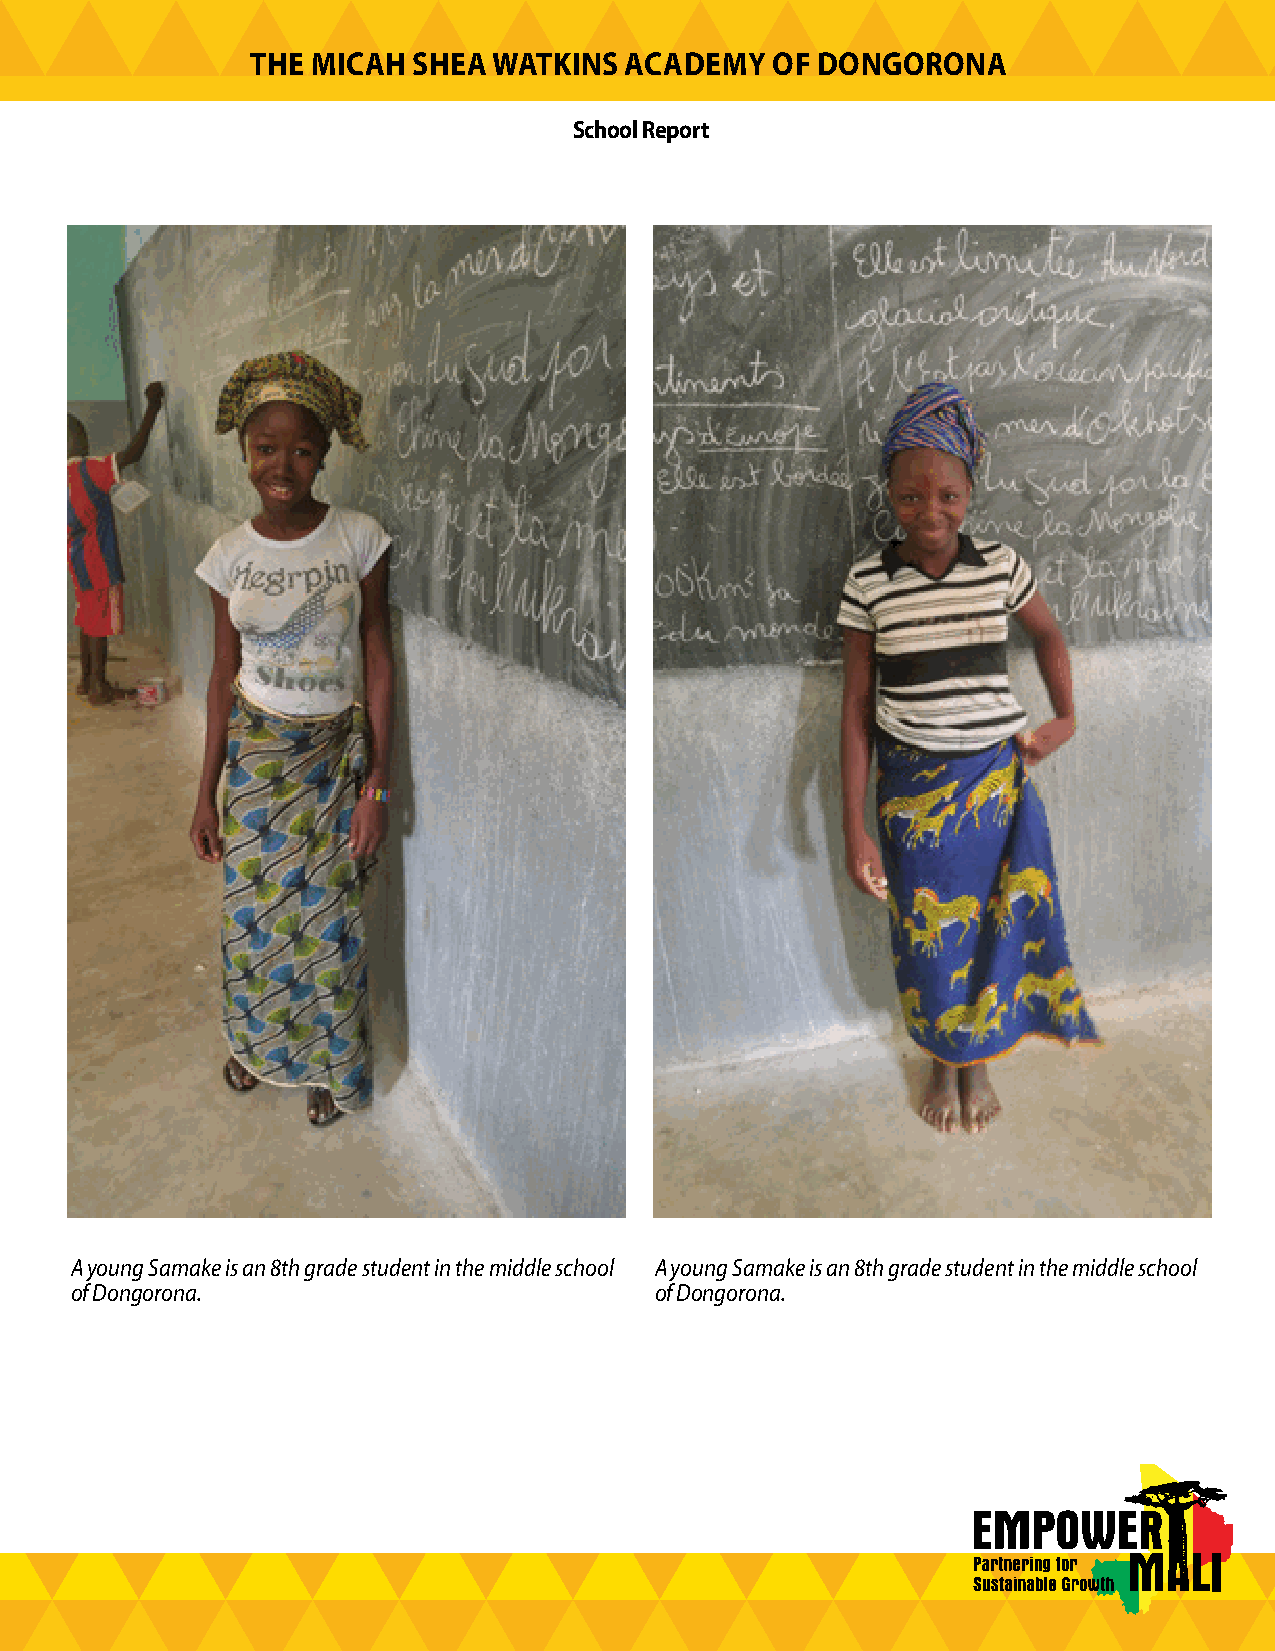
THE MICAH SHEA  WATKINS ACADEMY   OF DONGORONA
 School Report
 A young Samake is an 8th grade student in the middle school A young Samake is an 8th grade student in the middle school
 of Dongorona.                         of Dongorona.